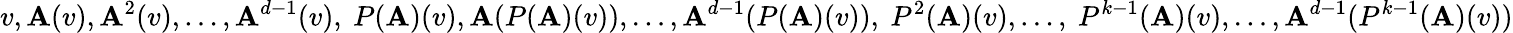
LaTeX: v,\mathbf{A}(v),\mathbf{A}^{2}(v),\ldots,\mathbf{A}^{d-1}(v),~P(\mathbf{A})(v),\mathbf{A}(P(\mathbf{A})(v)),\ldots,\mathbf{A}^{d-1}(P(\mathbf{A})(v)),~P^{2}(\mathbf{A})(v),\ldots,~P^{k-1}(\mathbf{A})(v),\ldots,\mathbf{A}^{d-1}(P^{k-1}(\mathbf{A})(v))